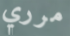
مرري